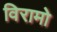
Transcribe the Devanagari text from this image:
विरामो